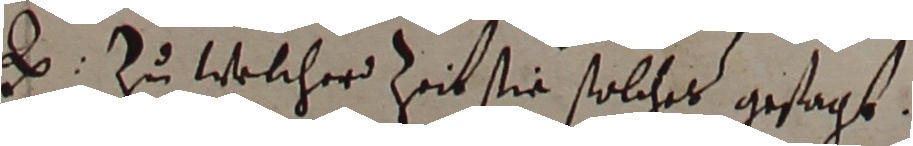
e. zu welcher zeit sie solches gesagt.